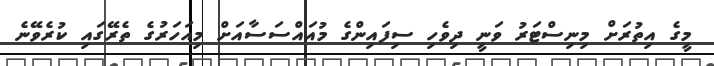
މީގެ އިތުރަށް މިނިސްޓަރު ވަނީ ދިވެހި ސިފައިންގެ މުއައްސަސާއަށް މިއަހަރުގެ ތެރޭގައި ކުރެވޭނެ